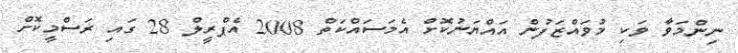
ނިންމަވާ ވަކި މުވައްޒަފުން އައްޔަނުކޮށް އެމަސައްކަތް 2008 އެޕްރީލް 28 ގައި ރަސްމީކޮށް